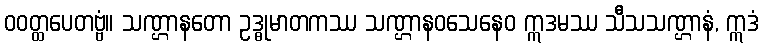
ဝဝတ္ထပေတဗ္ဗံ။ သဏ္ဌာနတော ဥဒ္ဓုမာတကဿ သဏ္ဌာနဝသေနေဝ ဣဒမဿ သီသသဏ္ဌာနံ, ဣဒံ